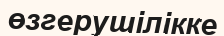
өзгерушілікке